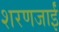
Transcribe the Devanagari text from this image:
शरणजाईं